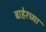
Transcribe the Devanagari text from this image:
बाहेरच्‍या